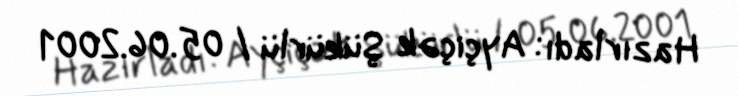
Hazırladı: Ayçiçək Şükürlü / 05.06.2001